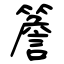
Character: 簷